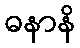
ဓနာနိ